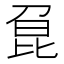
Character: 𠝕